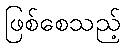
ဖြစ်စေသည့်